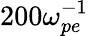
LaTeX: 200\omega_{pe}^{-1}